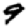
Digit: 9